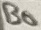
Text: B0